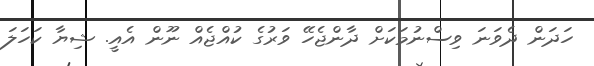
ހަދަން ދެވަނަ ވިސްނުމަކަށް ދާންޖެހޭ ވަރުގެ ކުއްޖެއް ނޫން އެއީ. ޝިޔާ ކަހަލަ